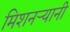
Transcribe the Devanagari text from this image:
मिशनर्‍यानी